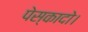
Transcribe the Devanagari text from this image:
पेस्कादो।